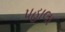
પહાલા